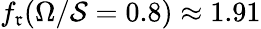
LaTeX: f_{\mathfrak{r}}(\Omega/\mathcal{{S}}=0.8)\approx1.91